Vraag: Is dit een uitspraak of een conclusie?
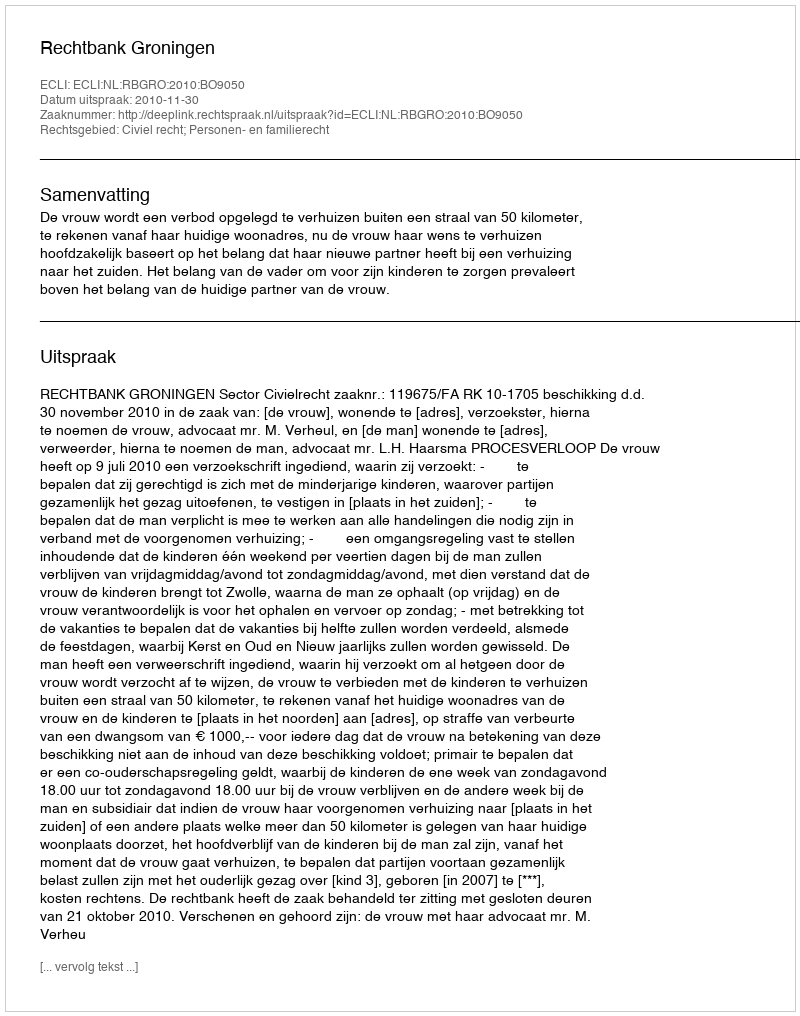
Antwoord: Uitspraak